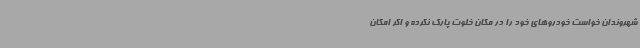
شهروندان خواست خودروهای خود را در مکان خلوت پارک نکرده و اگر امکان